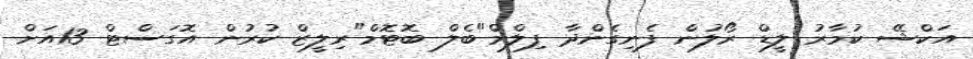
އަކްޝޭ ކުމާރު ލީޑް ރޯލުން ފެނިގެންދާ ފިލްމް"ބެލް ބޮޓޮމް"ރިލީޒް ކުރުން އޮގަސްޓް 13އަށް